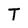
Character: T